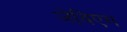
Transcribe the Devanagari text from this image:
जेविएम